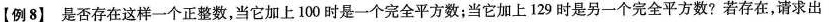
【例8】 是否存在这样一个正整数，当它加上100时是一个完全平方数；当它加上129时是另一个完全平方数？若存在，请求出